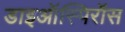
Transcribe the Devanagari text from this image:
डाइऑस्पिरॉस